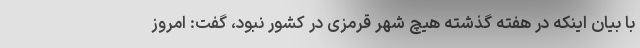
با بیان اینکه در هفته گذشته هیچ شهر قرمزی در کشور نبود، گفت: امروز